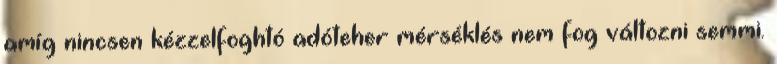
amíg nincsen kézzelfoghtó adóteher mérséklés nem fog változni semmi.